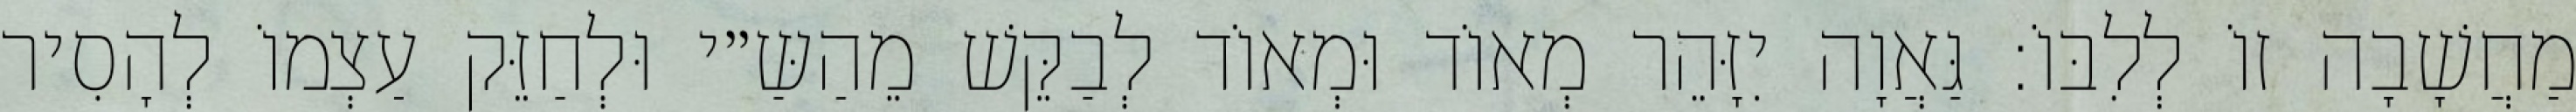
מַחֲשָׁבָה זוֹ לְלִבּוֹ: גַּאֲוָה יִזָּהֵר מְאוֹד וּמְאוֹד לְבַקֵּשׁ מֵהַשַּ״י וּלְחַזֵּק עַצְמוֹ לְהָסִיר